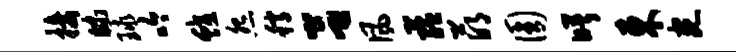
接昧球吟蛟怨稿吕风蕴萌圆曙东宛